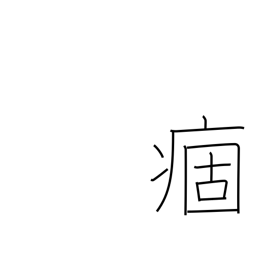
Meaning: chronic illness